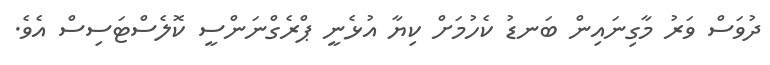
ދުވަސް ވަރު މާގިނައިން ބަނޑު ކެހުމަށް ކިޔާ އުޅެނީ ޕްރެގްނަންސީ ކޮލެސްޓަސިސް އެވެ.